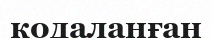
кодаланған